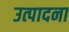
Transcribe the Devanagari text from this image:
उत्पादना